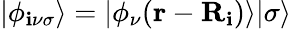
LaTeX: |\phi_{\mathbf{i}\nu\sigma}\rangle=|\phi_{\nu}({\mathbf{r}}-{\mathbf{R}}_{\mathbf{i}})\rangle|\sigma\rangle